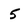
Character: 5